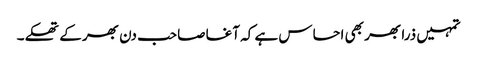
تمہیں ذرا بھر بھی احساس ہے کہ آغا صاحب دن بھر کے تھکے۔